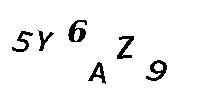
5Y6AZ9